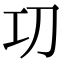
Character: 㓛